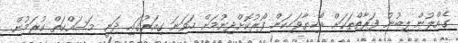
ގެއްލުން ލިބުނު ފަރާތްތަކަށް ބޯހިޔާވަހިކަން ފޯރުކޮށްދިނުމަށް ހަވަނަ ގިއަރުގައި ދަނީ މަސައްކަތް ކުރަމުން.